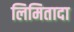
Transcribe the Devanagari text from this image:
लिमितादा